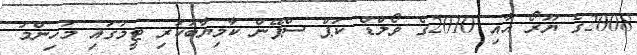
2008ގެ ޔޫރޯ އާއި 2010ގެ ވޯލްޑް ކަޕް ސްޕޭން ކާމިޔާބުކުރި ޓީމުގައި މުހިންމު